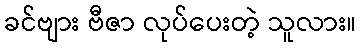
ခင်ဗျား ဗီဇာ လုပ်ပေးတဲ့ သူလား။